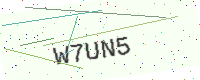
Text: W7UN5